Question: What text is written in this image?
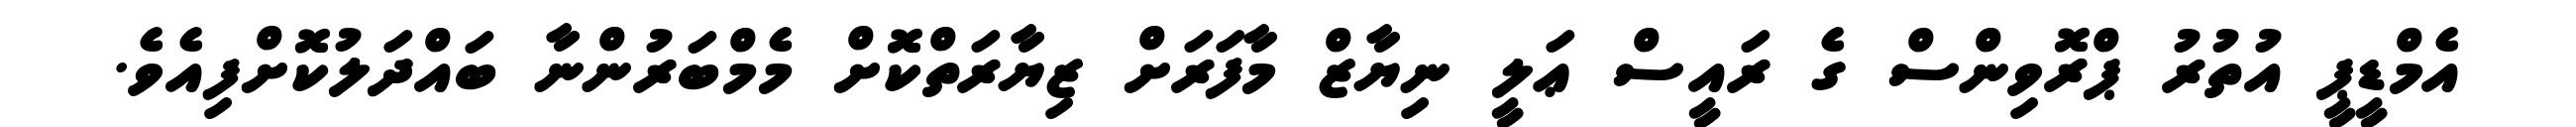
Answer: އެމްޑީޕީ އުތުރު ޕްރޮވިންސް ގެ ރައީސް ޢަލީ ނިޔާޒް މާފަރަށް ޒިޔާރަތްކޮށް މެމްބަރުންނާ ބައްދަލުކޮށްފިއެވެ.